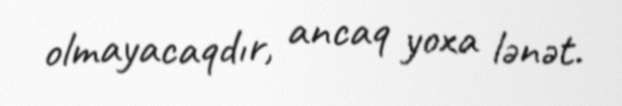
olmayacaqdır, ancaq yoxa lənət.